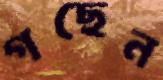
গছেন